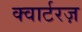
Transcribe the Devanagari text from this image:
क्वार्टरज़